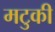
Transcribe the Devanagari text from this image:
मटुकी